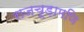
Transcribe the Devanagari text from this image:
राजचूड़ामणि